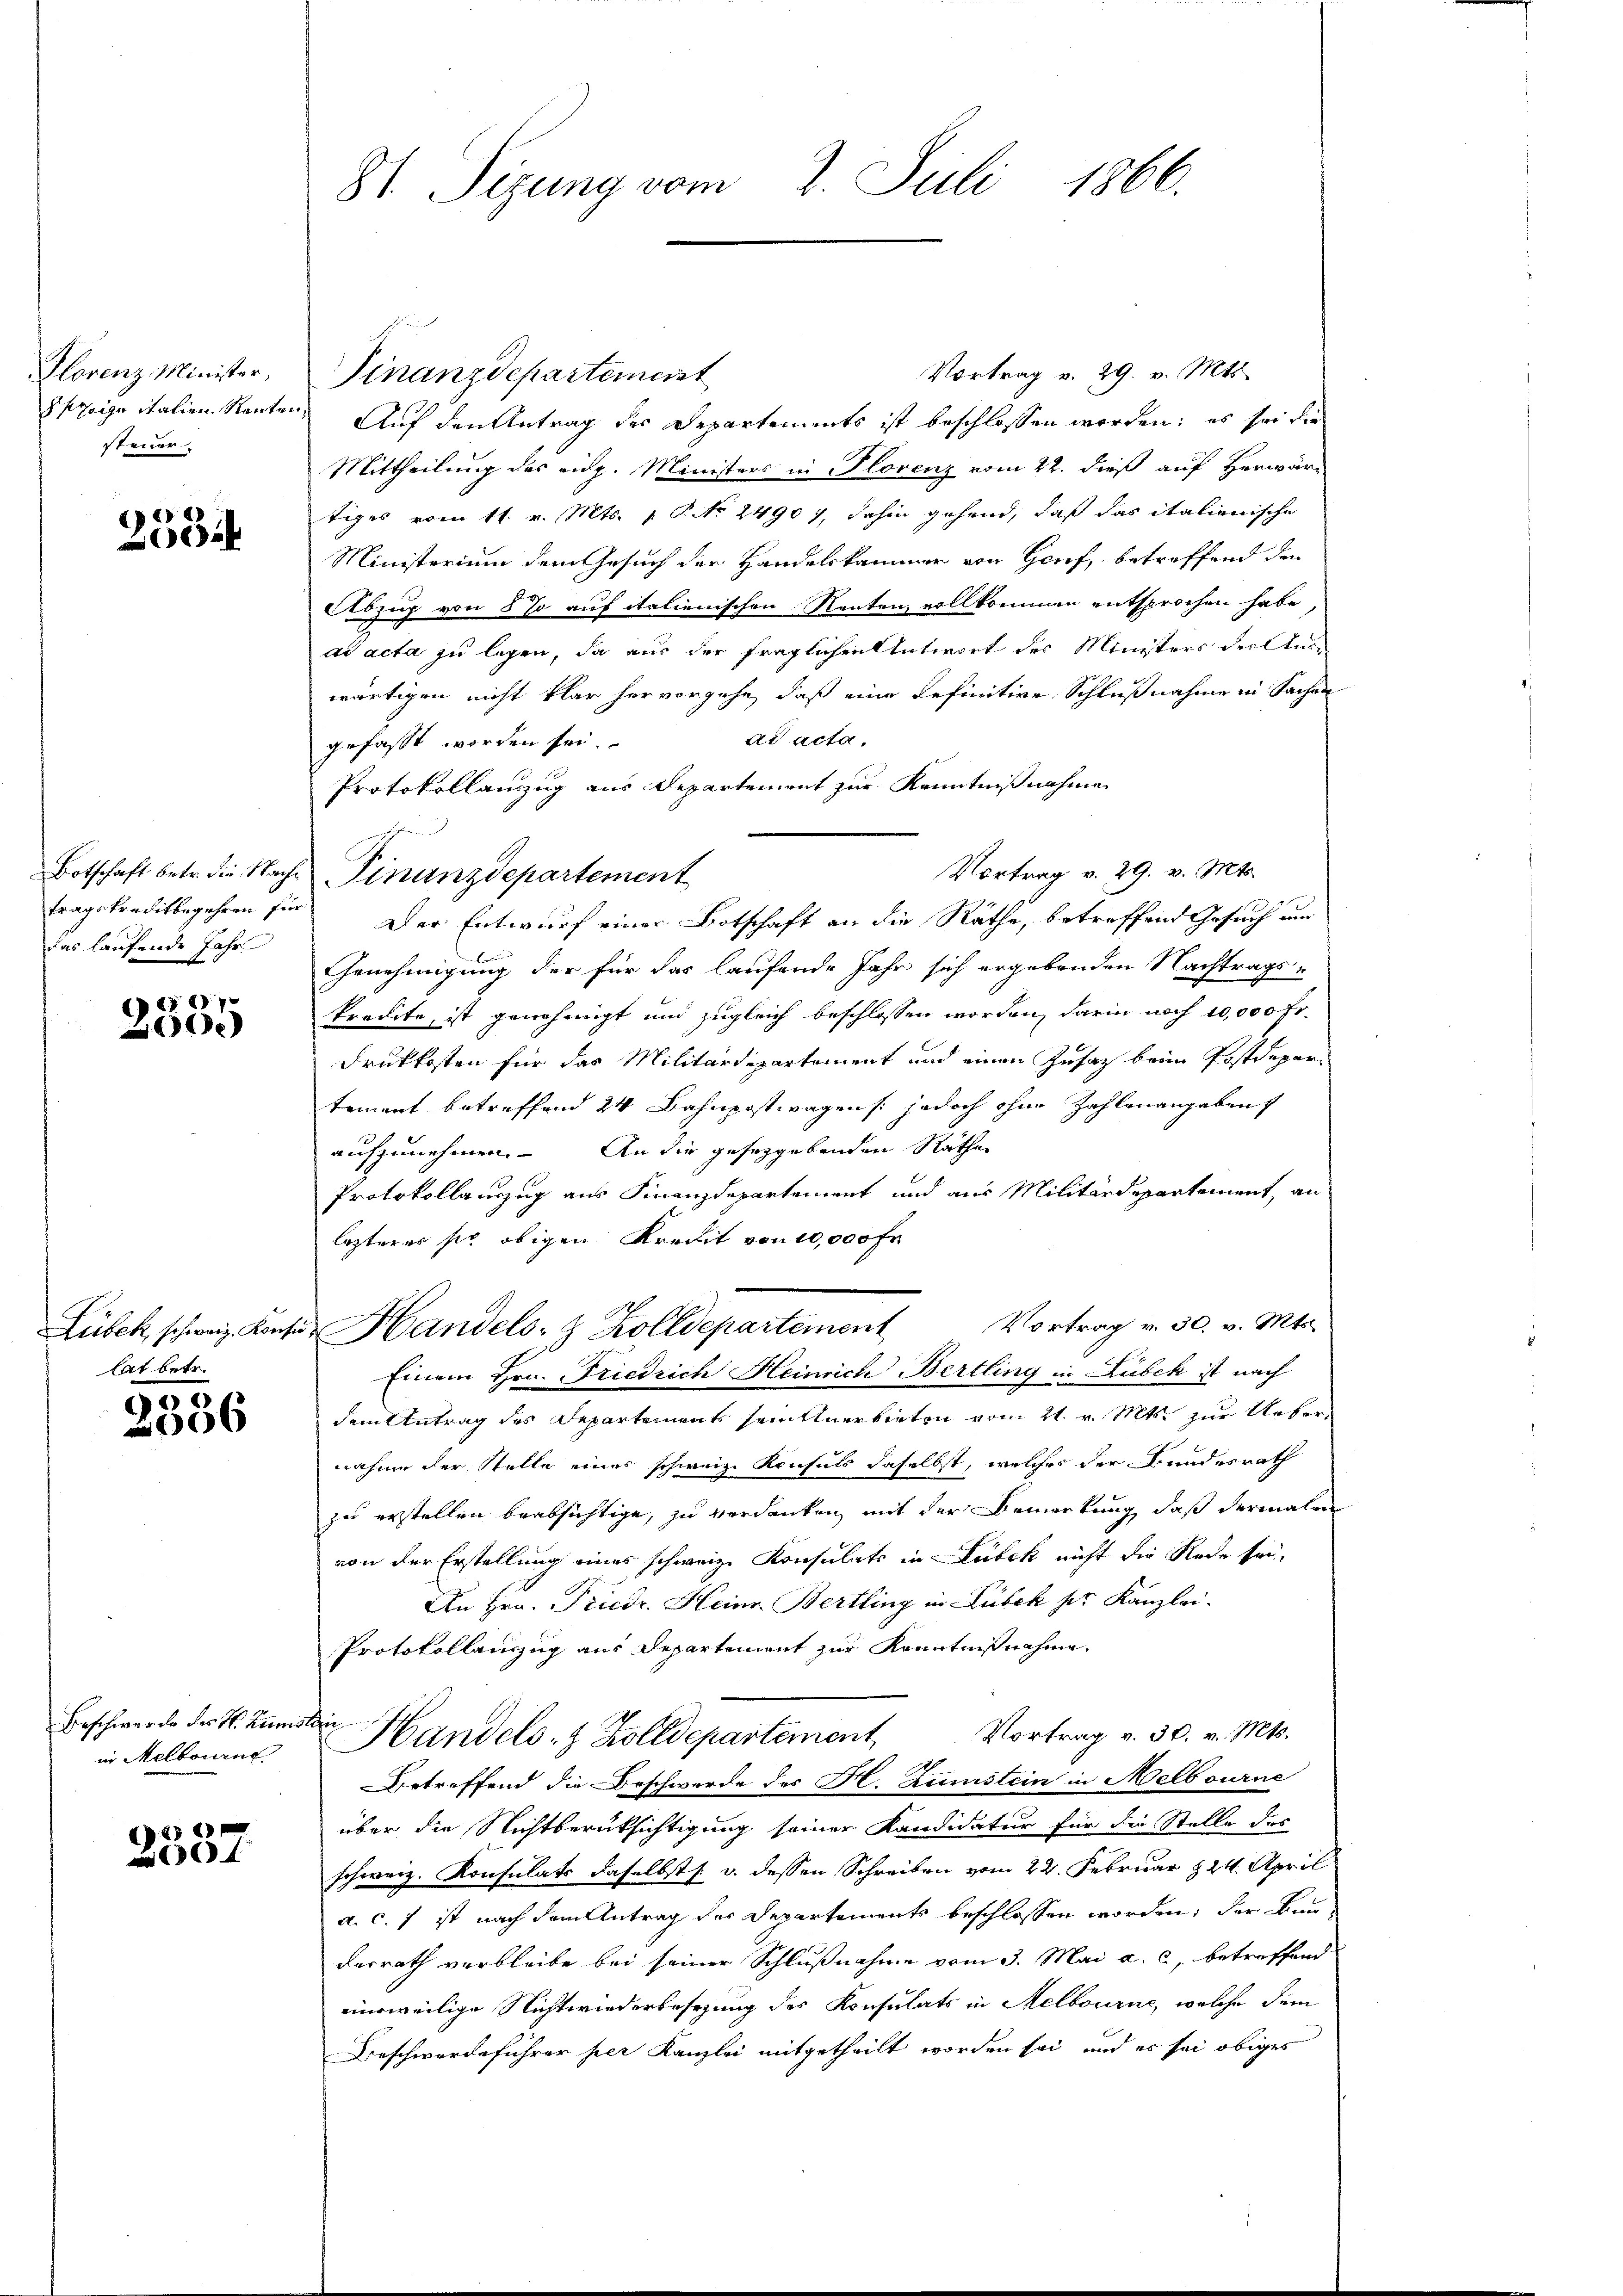
Florenz Minister,
Sfezeige italien. Rente
steuer

2
250

Botschaft betr. die Nachtragskreditbegehren für
das laufende Jahr

7
x

Lubech schweiz. Konfe
lat betr.

30
2306

Beschwerde des H. Rumsin Melbourne

26
1

81. Sizung vom 2. Juli 1866.

Vortrag v. 29. v. Mts.
Finanzdepartement
Auf den Antrag der Departements ist beschlossen worden; es sei die
Mittheilung des eidg. Ministers in Plorenz vom 22. dieß auf Herwär-
tiges vom 11. v. Mts. 1. P. No 24907, dahin gehend, daß das italienische
Ministerium dem Gesuch der Handelskammer von Genf, betreffend den
Aszug von 5 % auf italienischen Renten, vollkommen entsprochen habe
ad acta zu legen, da aus der fraglichen Antwort des Ministers der Aus-
wärtigen nicht klar hervorgehe, daß eine definitive Schlußnahme in Sachen
ad acta.
gefasst worden sei.
Protokollauszug aus Departemont zur Kenntnißnahme
x
Vortrag v. 29. v. Mts.
Finanzdepartement
Der Entwurf einer Botschaft an die Räthe, betreffend Gesuch um
Genehmigung der für das laufende Jahr sich ergebenden Nachtrags¬
Predite, ist genehmigt und zugleich beschlossen worden, darin noch 10,000 fr.
Drukkosten für das Militärdepartement und einen Zusatz beim Postdepartement betreffend 24 Bahnpostwagen /: jedoch ohne Zahlenangaben
aufzunehmen. An die gesetzgebenden Räthen
Protokollauszug aus Finanzdepartement und aus Militärdepartement an
lezterer sie obigen Kredit von 10,000 Fr.
Vortrag v. 30. v. Mts.
u Handels- & Zolldepartement
Einem Hrn. Friedrich Heinrich Bertling in Lubek ist nach
dem Antrag des Departement seinttnerbieten vom 21. v. Mts. zur Uebernahme der Stelle einer schweiz. Konsuls daselbst, welcher der Bundesrath
zu erstellen beabsichtige, zu verdanken, mit der Bemerkung, daß dermalen
von der Erstellung eines schweiz. Konsulats in Lubek nicht die Rede sein
An Hrn. Priedr. Heinr. Bertling in Lübeck per Kanzlei-
Protokollanzug aus Departement zur Kenntnißnahme
e
Handels- & Zolldepartement, Vortrag v. 30. v. Mts.
Betreffend die Beschwerde des H. Kunstein in Melbourne
über die Nichtberüksichtigung seiner Kandidatur für die Stelle des
schweiz. Konsulats daselbst s. v. dessen Schreiben vom 22. Februar 224. April
a. c. f ist nach dem Antrag der Departements beschlossen worden, der Bundesrath verbleibe bei seiner Schlußnahme vom 3. Mai a. c. betreffend
einweilige Nichtwiederbesezung des Konsulats in Melbourne, welche dem
Beschwerdeführer per Kanzlei mitgetheilt worden sei, und es sei obiges